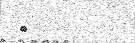
٩